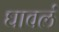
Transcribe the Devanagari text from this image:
घावलं